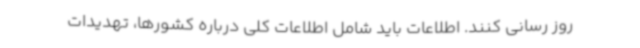
روز رسانی کنند. اطلاعات باید شامل اطلاعات کلی درباره کشورها، تهدیدات